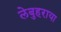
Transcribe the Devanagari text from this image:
लेबुहराया